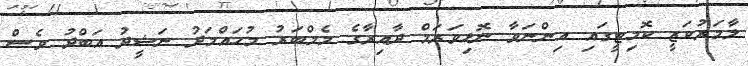
ލާމަރުކަޒީ ކޮމިޓީގައި އިންނަވާ ނޮޅިވަރަމް ދާއިރާގެ މެމްބަރު މުހައްމަދު ނަޝީދު އަބްދު ވެސް